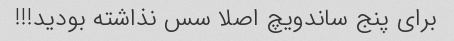
برای پنج ساندویچ اصلا سس نذاشته بودید!!!